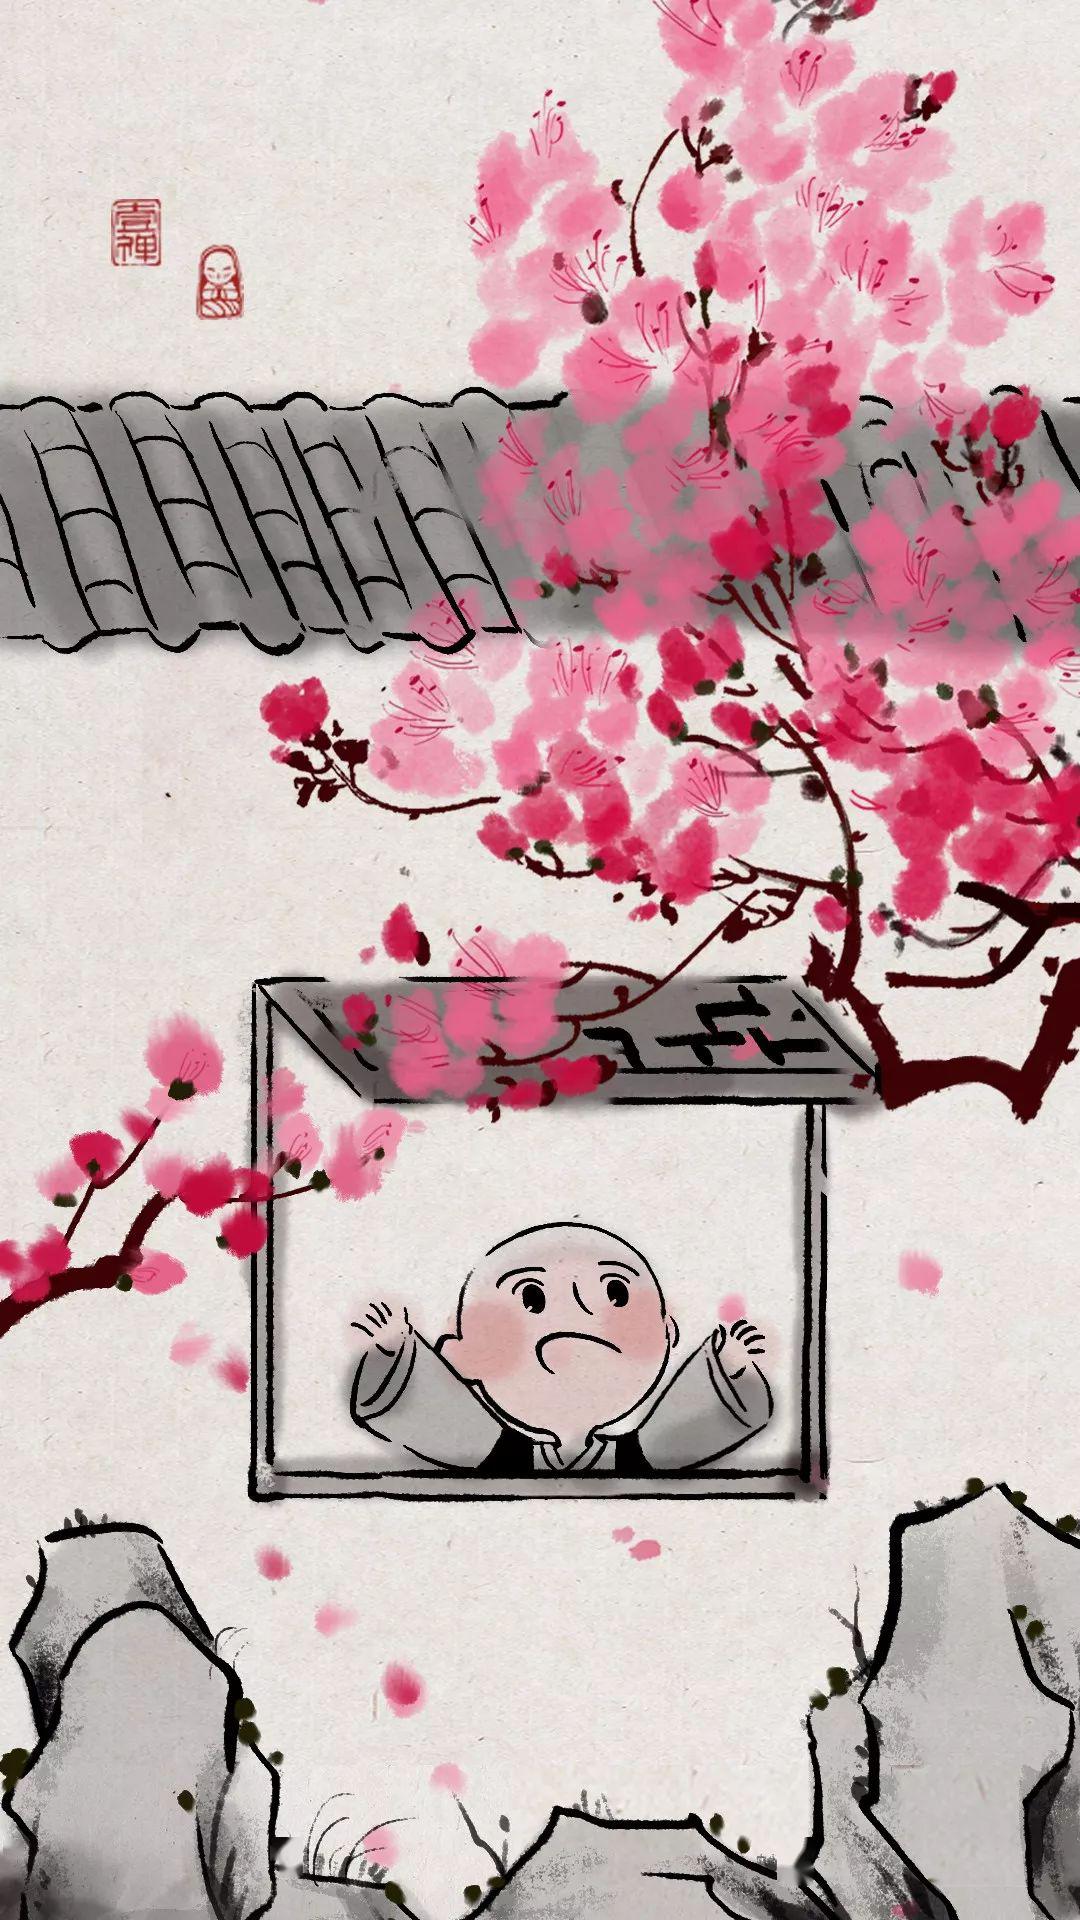
流丸止于瓯臾，流言止于知者。